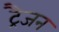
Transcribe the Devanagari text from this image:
ट्रैजन